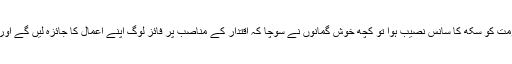
سپریم کورٹ کے فیصلے سے حکومت کو سکھ کا سانس نصیب ہوا تو کچھ خوش گمانوں نے سوچا کہ اقتدار کے مناصب پر فائز لوگ اپنے اعمال کا جائزہ لیں گے اور خرابی کے اسباب تلاش کریں گے۔